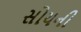
સોયની